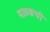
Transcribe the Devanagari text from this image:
पाठकची